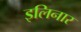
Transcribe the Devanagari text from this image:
इलिनार